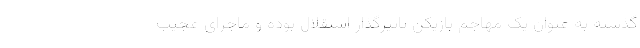
گذشته به عنوان یک مهاجم بازیکن تاثیرگذار استقلال بوده و ماجرای عجیب